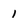
Character: 1